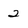
Character: 2